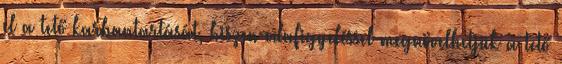
el a tető karbantartását, hiszen odafigyeléssel megnövelhetjük a tető